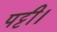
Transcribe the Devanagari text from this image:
पट्टी।